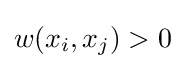
w(x_{i},x_{j})>0